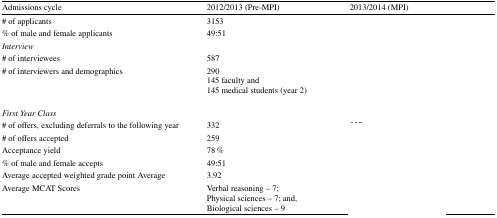
<table><thead><tr><td><b>Admissions cycle</b></td><td><b>2012/2013 (Pre-MPI)</b></td><td><b>2013/2014 (MPI)</b></td></tr></thead><tbody><tr><td># of applicants</td><td>3153</td><td>[EMPTY_CELL]</td></tr><tr><td>% of male and female applicants</td><td>49:51</td><td>[EMPTY_CELL]</td></tr><tr><td colspan="3"><i>Interview</i></td></tr><tr><td># of interviewees</td><td>587</td><td>[EMPTY_CELL]</td></tr><tr><td># of interviewers and demographics</td><td>290145 faculty and145 medical students (year 2)</td><td>[EMPTY_CELL]</td></tr><tr><td colspan="3"><i>First Year Class</i></td></tr><tr><td># of offers, excluding deferrals to the following year</td><td>332</td><td>[EMPTY_CELL]</td></tr><tr><td># of offers accepted</td><td>259</td><td>[EMPTY_CELL]</td></tr><tr><td>Acceptance yield</td><td>78 %</td><td>[EMPTY_CELL]</td></tr><tr><td>% of male and female accepts</td><td>49:51</td><td>[EMPTY_CELL]</td></tr><tr><td>Average accepted weighted grade point Average</td><td>3.92</td><td>[EMPTY_CELL]</td></tr><tr><td>Average MCAT Scores</td><td>Verbal reasoning – 7;Physical sciences – 7; and,Biological sciences – 9</td><td>[EMPTY_CELL]</td></tr></tbody></table>